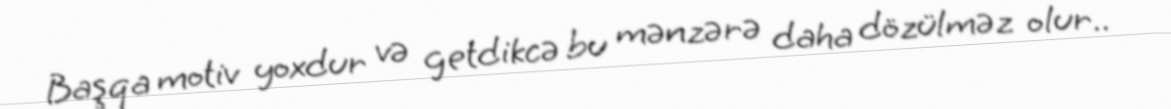
Başqa motiv yoxdur və getdikcə bu mənzərə daha dözülməz olur..